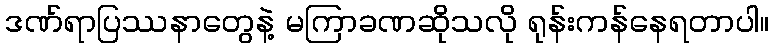
ဒဏ်ရာပြဿနာတွေနဲ့ မကြာခဏဆိုသလို ရုန်းကန်နေရတာပါ။